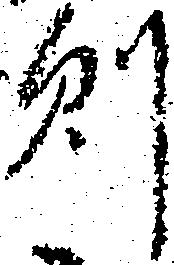
則